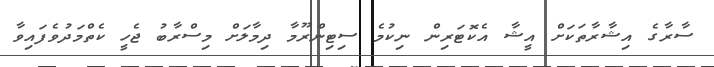
ސާރާގެ އިޝާރާތަކަށް އީޝާ އެކޮޓަރިން ނިކުމެ ސިޓިންްރޫމާ ދިމާލަށް މިސްރާބު ޖެހީ ކެތްމަދުވެފައިވާ